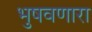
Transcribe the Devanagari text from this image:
भुषवणारा